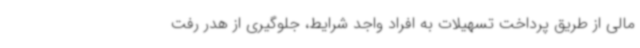
مالی از طریق پرداخت تسهیلات به افراد واجد شرایط، جلوگیری از هدر رفت